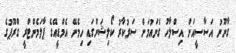
ގާނޫނު އަސާސީއަށް އިސްލާހު ގެނައުމަށް ސަރުކާރު ކޯލިޝަންގައި ހިމެނޭ އެމްޑީއޭގެ ޕާލަމެންޓްރީ ގްރޫޕުގެ